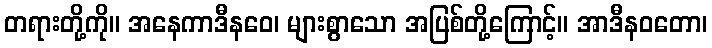
တရားတို့ကို။ အနေကာဒီနဝေ၊ များစွာသော အပြစ်တို့ကြောင့်။ အာဒီနဝတော၊